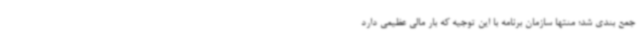
جمع بندی شد؛ منتها سازمان برنامه با این توجیه که بار مالی عظیمی دارد